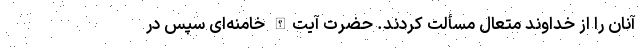
آنان را از خداوند متعال مسألت کردند. حضرت آیت‌الله خامنه‌ای سپس در